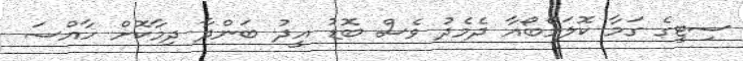
ސިޓީގެ ގަމާ ކޮލަމްބޯއާ ދެމެދު ވެސް ބޮޑު އީދު ބަންދާ ދިމާކޮށް ހާއްސަ